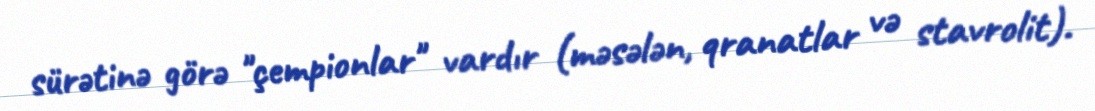
sürətinə görə "çempionlar" vardır (məsələn, qranatlar və stavrolit).